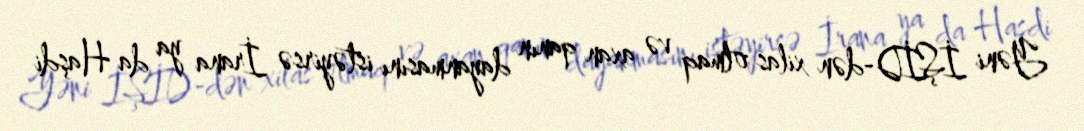
Yəni İŞİD-dən xilas olmaq və axan qanın dayanmasını istəyirsə İrana ya da Haşdi